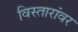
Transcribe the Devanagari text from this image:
विस्तारांवर